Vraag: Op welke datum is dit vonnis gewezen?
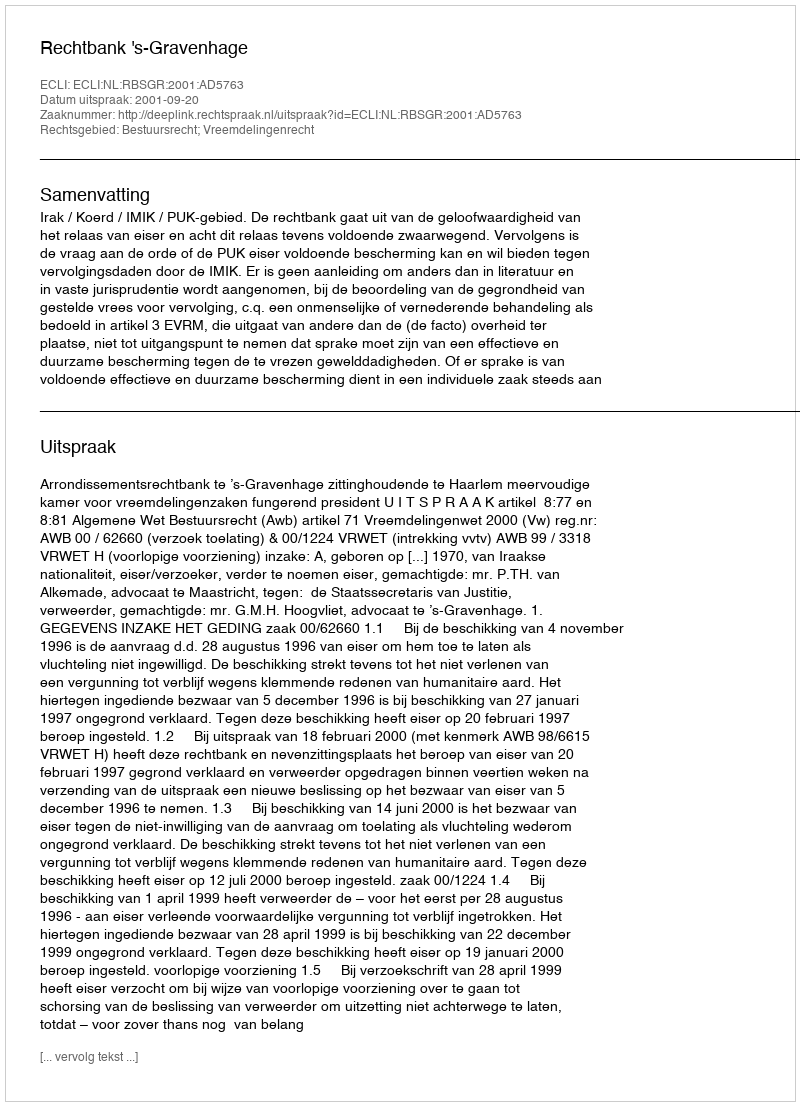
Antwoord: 2001-09-20